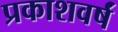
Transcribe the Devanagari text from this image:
प्रकाशवर्षं